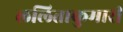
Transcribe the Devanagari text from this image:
ललिताकुमारी